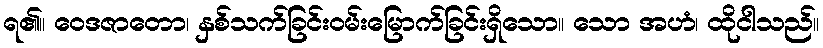
ရ၏။ ဝေဒဇာတော၊ နှစ်သက်ခြင်းဝမ်းမြောက်ခြင်းရှိသော။ သော အဟံ၊ ထိုငါသည်။